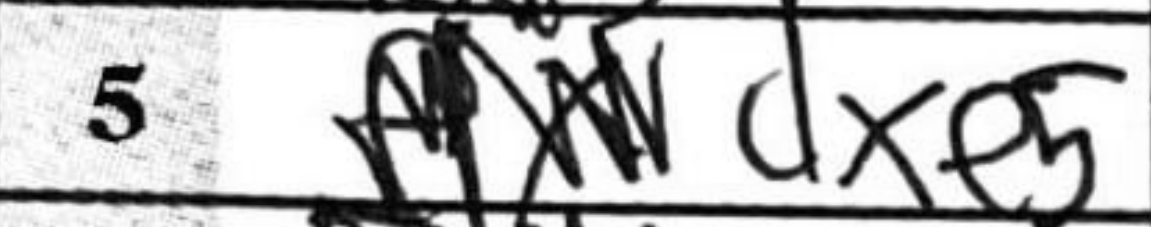
Transcription: dxe5